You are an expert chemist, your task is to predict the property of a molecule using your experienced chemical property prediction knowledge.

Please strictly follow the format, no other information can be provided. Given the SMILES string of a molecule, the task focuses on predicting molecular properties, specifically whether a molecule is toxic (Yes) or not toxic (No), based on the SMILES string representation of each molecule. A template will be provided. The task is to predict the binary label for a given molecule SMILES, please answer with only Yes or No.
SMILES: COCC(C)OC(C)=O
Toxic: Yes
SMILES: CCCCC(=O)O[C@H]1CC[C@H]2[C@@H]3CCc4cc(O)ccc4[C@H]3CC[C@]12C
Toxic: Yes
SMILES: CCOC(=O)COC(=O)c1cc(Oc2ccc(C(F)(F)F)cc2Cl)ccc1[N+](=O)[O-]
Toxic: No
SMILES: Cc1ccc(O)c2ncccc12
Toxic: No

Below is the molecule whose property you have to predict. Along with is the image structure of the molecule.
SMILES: NC(=O)NNc1ccccc1
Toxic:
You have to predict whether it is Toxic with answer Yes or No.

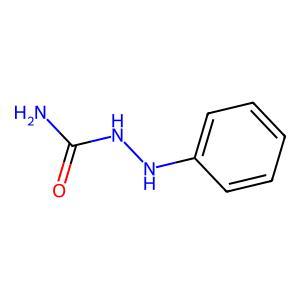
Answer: No